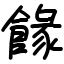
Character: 餯